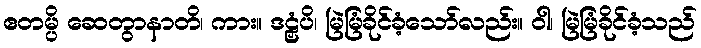
ဧတမ္ပိ ဆေတွာနာတိ၊ ကား။ ဒဠှံပိ၊ မြဲမြံခိုင်ခံ့သော်လည်း။ ဝါ၊ မြဲမြံခိုင်ခံ့သည်